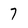
Character: 7